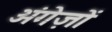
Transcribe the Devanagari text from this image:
अंगेज़ों